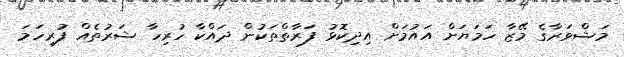
މަޝްވަރާގެ މޭޒާ ހަމަޔަށް އައުމަށް އިދިކޮޅު ފަރާތްތަކުން ދައްކާ ހުރިހާ ޝަރުތެއް ފުރިހަމަ